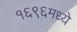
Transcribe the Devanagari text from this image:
१६९६मध्ये